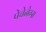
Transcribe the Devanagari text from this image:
पेचेनेग्स